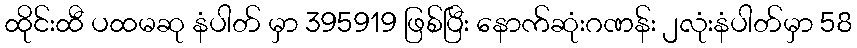
ထိုင်းထီ ပထမဆု နံပါတ် မှာ 395919 ဖြစ်ပြီး နောက်ဆုံးဂဏန်း ၂လုံးနံပါတ်မှာ 58